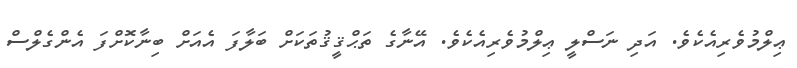
ޢިލްމުވެރިއެކެވެ. އަދި ނަސްލީ ޢިލްމުވެރިއެކެވެ. އޭނާގެ ތަޙްޤީޤުތަކަށް ބަލާފަ އެއަށް ބިނާކޮށްފަ އެންގެލްސް